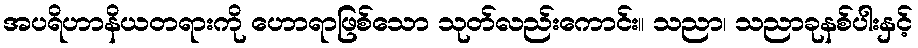
အပရိဟာနိယတရားကို ဟောရာဖြစ်သော သုတ်လည်းကောင်း။ သညာ၊ သညာခုနစ်ပါးနှင့်